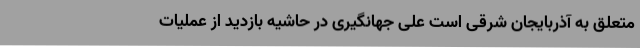
متعلق به آذربایجان‌ شرقی است علی جهانگیری در حاشیه بازدید از عملیات